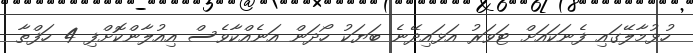
ހުޅުމާލޭގައި ފެނަކައަށް ޓަވަރު އަޅައިދޭނެ ބަޔަކު ހޯދަން އަނެއްކާވެސް އިއުލާންކޮށްފި 4 ހަފްތާ